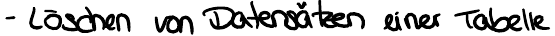
- Löschen von Datensätzen einer Tabelle